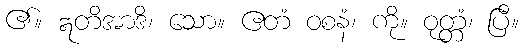
၏။ ဣတိအာဒိ၊ သော။ ဧတံ ဝစနံ၊ ကို။ ဝုတ္တံ၊ ပြီ။